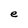
Character: e